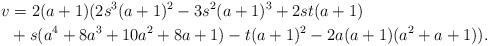
LaTeX: \begin{align*}v&=2(a+1)(2s^3(a+1)^2-3s^2(a+1)^3+2st(a+1) \\&+s(a^4+8a^3+10a^2+8a+1)-t(a+1)^2-2a(a+1)(a^2+a+1)).\end{align*}